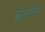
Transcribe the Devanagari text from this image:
ग्रेस्मेर